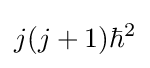
j(j+1)\hbar ^{2}